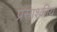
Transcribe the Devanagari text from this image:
प्रसाश्कीय